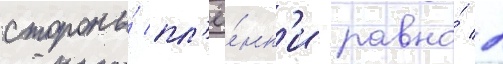
стороны́ пл'ё́нк'и равно́ 2